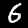
Label: 6